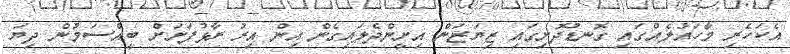
އެކަހެރި މާހައުލެއްގައި ގޮނޑުދޮށިގައި ޒިޔަޒަން އިށީންދެލައިގެން އިން އިރު ރާޅުފަށަށް ބީއްސަމުން ދިޔަ